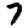
Digit: 7